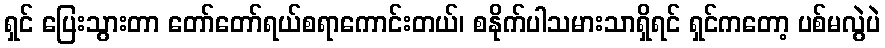
ရှင် ပြေးသွားတာ တော်တော်ရယ်စရာကောင်းတယ်၊ စနိုက်ပါသမားသာရှိရင် ရှင်ကတော့ ပစ်မလွဲပဲ